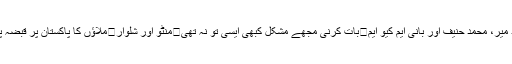
گڈ لبرل اور بیڈ لبرل	حامد میر، محمد حنیف اور بانی ایم کیو ایم	بات کرنی مجھے مشکل کبھی ایسی تو نہ تھی	منٹو اور شلوار	ملاؤں کا پاکستان پر قبضہ پراجیکٹ کیسے شروع ہوا؟